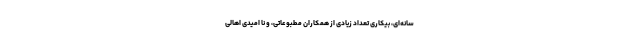
سانه­‌ای، بیکاری تعداد زیادی از همکاران مطبوعاتی، و نا امیدی اهالی